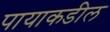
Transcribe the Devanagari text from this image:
पायाकडील